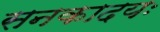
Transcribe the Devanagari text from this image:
सनकादयः